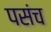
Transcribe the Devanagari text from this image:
पसंच